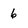
Character: 6